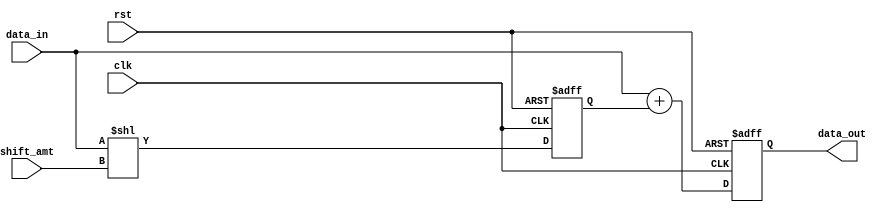
module shift_add_register (
    input clk,
    input rst,
    input [7:0] data_in,
    input [3:0] shift_amt,
    output reg [7:0] data_out
);

reg [7:0] shifted_data;

always @(posedge clk or posedge rst) begin
    if (rst) begin
        data_out <= 8'b0;
        shifted_data <= 8'b0;
    end else begin
        shifted_data <= data_in << shift_amt;
        data_out <= data_in + shifted_data;
    end
end

endmodule